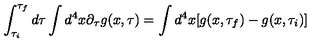
\int _ { \tau _ { i } } ^ { \tau _ { f } } d \tau \int d ^ { 4 } x \partial _ { \tau } g ( x , \tau ) = \int d ^ { 4 } x [ g ( x , \tau _ { f } ) - g ( x , \tau _ { i } ) ]